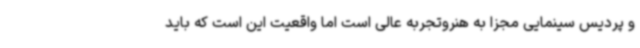
و پردیس سینمایی مجزا به هنروتجربه عالی است اما واقعیت این است که باید